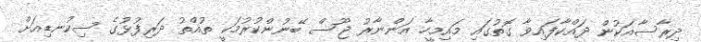
ދިރާސާއަކުން ދައްކާފައިވާ ގޮތުގައި މައިމީހާ އަންނާރު ޖޫސް ބޭނުންކުރުމަކީ ތުއްތު ދަރިފުޅުގެ ސިކުނޑިއަށް